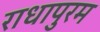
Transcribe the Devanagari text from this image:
राधापुरम